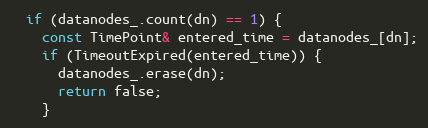
Language: C++
  if (datanodes_.count(dn) == 1) {
    const TimePoint& entered_time = datanodes_[dn];
    if (TimeoutExpired(entered_time)) {
      datanodes_.erase(dn);
      return false;
    }